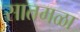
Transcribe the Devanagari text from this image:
सातमळा